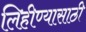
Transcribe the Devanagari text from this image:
लिहीण्यासाठी